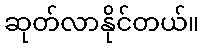
ဆုတ်လာနိုင်တယ်။